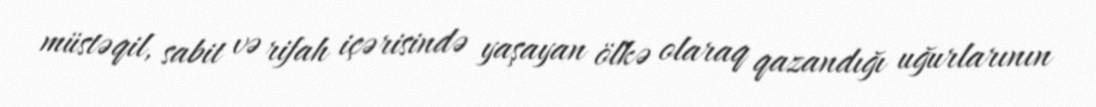
müstəqil, sabit və rifah içərisində yaşayan ölkə olaraq qazandığı uğurlarının